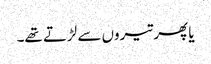
یا پھر تیروں سے لڑتے تھے۔